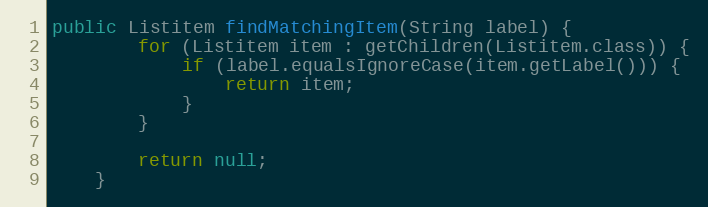
Language: Java
public Listitem findMatchingItem(String label) {
        for (Listitem item : getChildren(Listitem.class)) {
            if (label.equalsIgnoreCase(item.getLabel())) {
                return item;
            }
        }

        return null;
    }